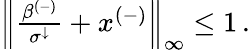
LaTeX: \begin{array}{r}{\left\lVert\frac{\beta^{(-)}}{\sigma^{\downarrow}}+x^{(-)}\right\rVert_{\infty}\leq 1\, .}\end{array}